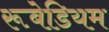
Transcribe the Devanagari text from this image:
रूबेडियम